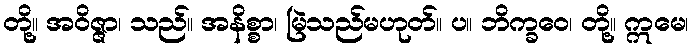
တို့။ အဝိဇ္ဇာ၊ သည်။ အနိစ္စာ၊ မြဲသည်မဟုတ်။ ပ။ ဘိက္ခဝေ၊ တို့။ ဣမေ၊